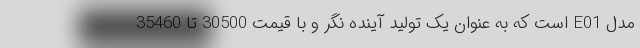
مدل E01 است که به عنوان یک تولید آینده نگر و با قیمت 30500 تا 35460